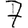
Digit: 7